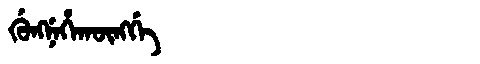
Manchu: ᡤᡠᠩᠨᡝᡥᠠᡴᡡᠩᡤᡝ
Romanization: GUNGNEHAKŪNGGE